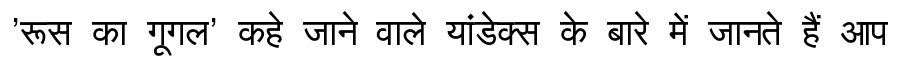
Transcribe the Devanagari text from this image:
'रूस का गूगल' कहे जाने वाले यांडेक्स के बारे में जानते हैं आप